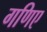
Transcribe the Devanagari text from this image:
गणिए